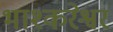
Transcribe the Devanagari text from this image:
भाश्करेश्वर